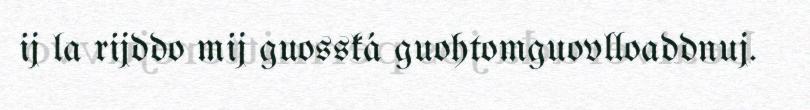
ij la rijddo mij guosská guohtomguovlloaddnuj.